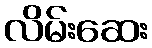
လိမ်းဆေး